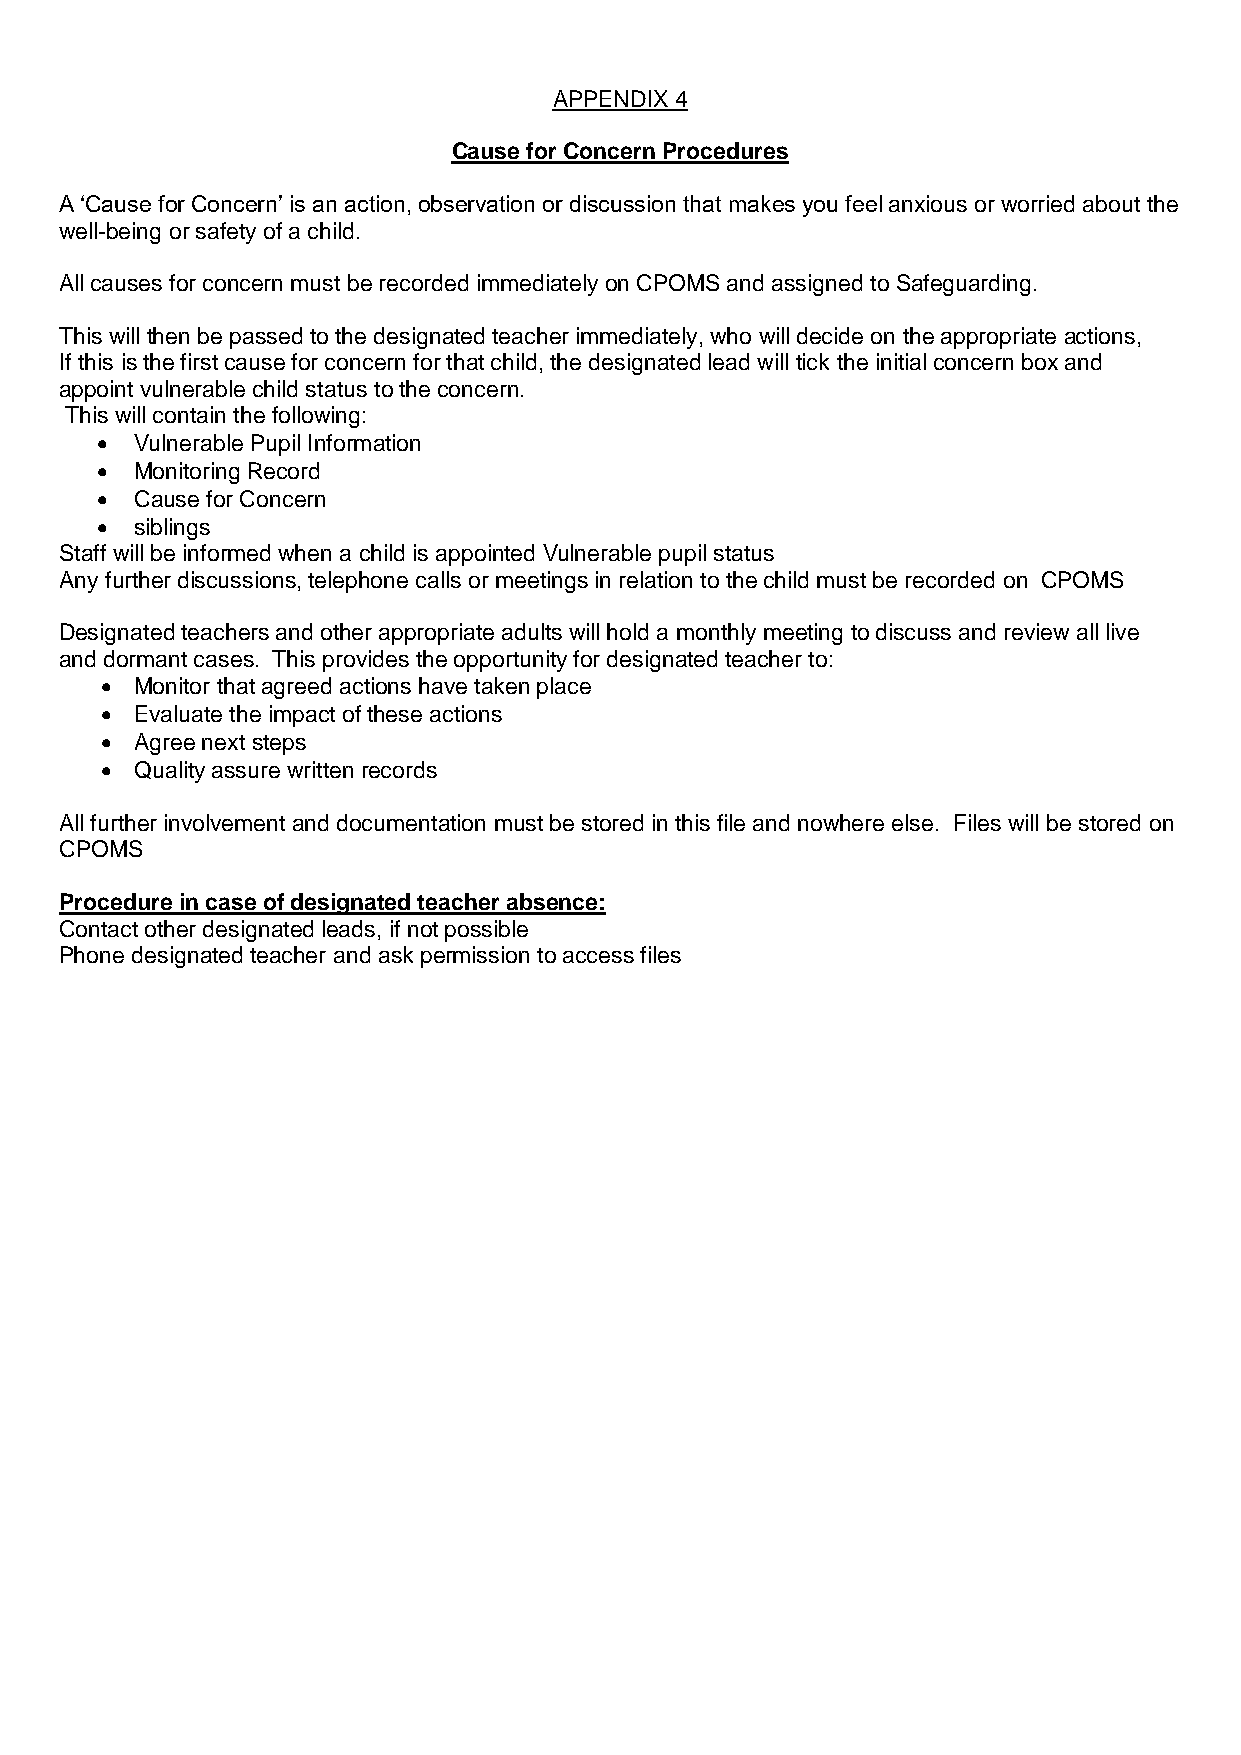
APPENDIX 4
 Cause for Concern Procedures
 A ‘Cause for Concern’ is an action, observation or discussion that makes you feel anxious or worried about the
 well-being or safety of a child.
 All causes for concern must be recorded immediately on CPOMS and assigned to Safeguarding.
 This will then be passed to the designated teacher immediately, who will decide on the appropriate actions,
 If this is the first cause for concern for that child, the designated lead will tick the initial concern box and
 appoint vulnerable child status to the concern.
 This will contain the following:
   Vulnerable Pupil Information
   Monitoring Record
   Cause for Concern
   siblings
 Staff will be informed when a child is appointed Vulnerable pupil status
 Any further discussions, telephone calls or meetings in relation to the child must be recorded on CPOMS
 Designated teachers and other appropriate adults will hold a monthly meeting to discuss and review all live
 and dormant cases. This provides the opportunity for designated teacher to:
  Monitor that agreed actions have taken place
  Evaluate the impact of these actions
  Agree next steps
  Quality assure written records
 All further involvement and documentation must be stored in this file and nowhere else. Files will be stored on
 CPOMS
 Procedure in case of designated teacher absence:
 Contact other designated leads, if not possible
 Phone designated teacher and ask permission to access files